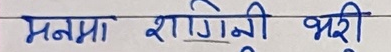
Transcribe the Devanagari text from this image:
मनमा शान्ति भरी